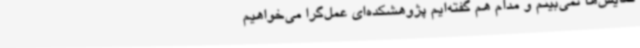
نمایش‌ها نمی‌بینم و مدام هم گفته‌ایم پژوهشکده‌ای عمل‌گرا می‌خواهیم